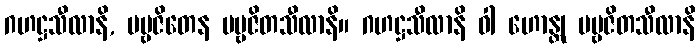
ဂဟဋ္ဌသီလာနိ, ပဗ္ဗဇိတေန ပဗ္ဗဇိတသီလာနိ။ ဂဟဋ္ဌသီလာနိ ဝါ ဟောန္တု ပဗ္ဗဇိတသီလာနိ